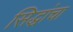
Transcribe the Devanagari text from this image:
सिद्धांचा